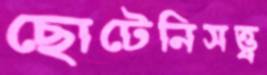
ছোটেনিসত্ত্ব